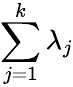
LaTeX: \sum_{j=1}^{k}\lambda_{j}